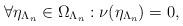
LaTeX: \begin{align*} \forall \eta_{\Lambda_n} \in \Omega_{\Lambda_n}: \nu(\eta_{\Lambda_n})=0, \end{align*}